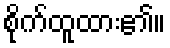
စိုက်ထူထား၏။